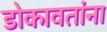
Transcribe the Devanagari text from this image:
डोकावतांना